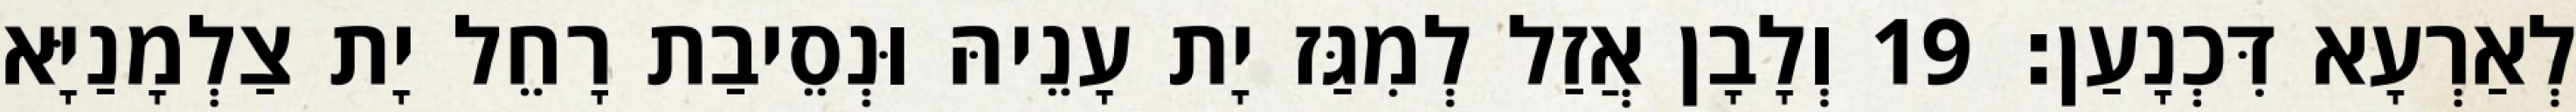
לְאַרְעָא דִּכְנָעַן׃ 19 וְלָבָן אֲזַל לְמִגַּז יָת עָנֵיהּ וּנְסֵיבַת רָחֵל יָת צַלְמָנַיָּא